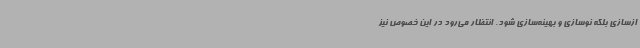
ازسازی بلکه نوسازی و بهینه‌سازی شود. انتظار می‌رود در این خصوص نیز